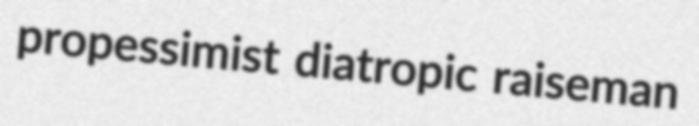
propessimist diatropic raiseman